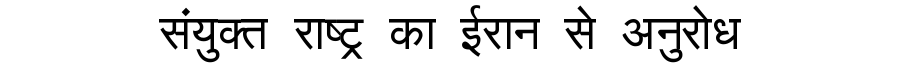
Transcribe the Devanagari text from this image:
संयुक्त राष्ट्र का ईरान से अनुरोध